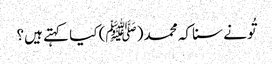
تُونے سنا کہ محمد (ﷺ) کیا کہتے ہیں؟